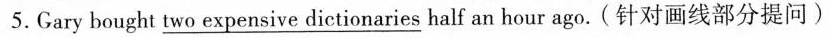
5.Gary bought \underline{two expensive dictionaries} half an hour ago. (针对画线部分提问)